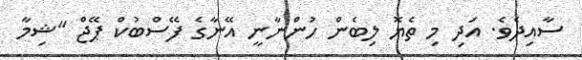
ސާއިދެވެ. އަދި މި ތެޔޮ ލިބެން ހުންނާނީ އޭނާގެ ފޭސްބުކް ޕޭޖް "ޝިމާ